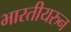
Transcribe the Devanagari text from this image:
भारतीयरुन